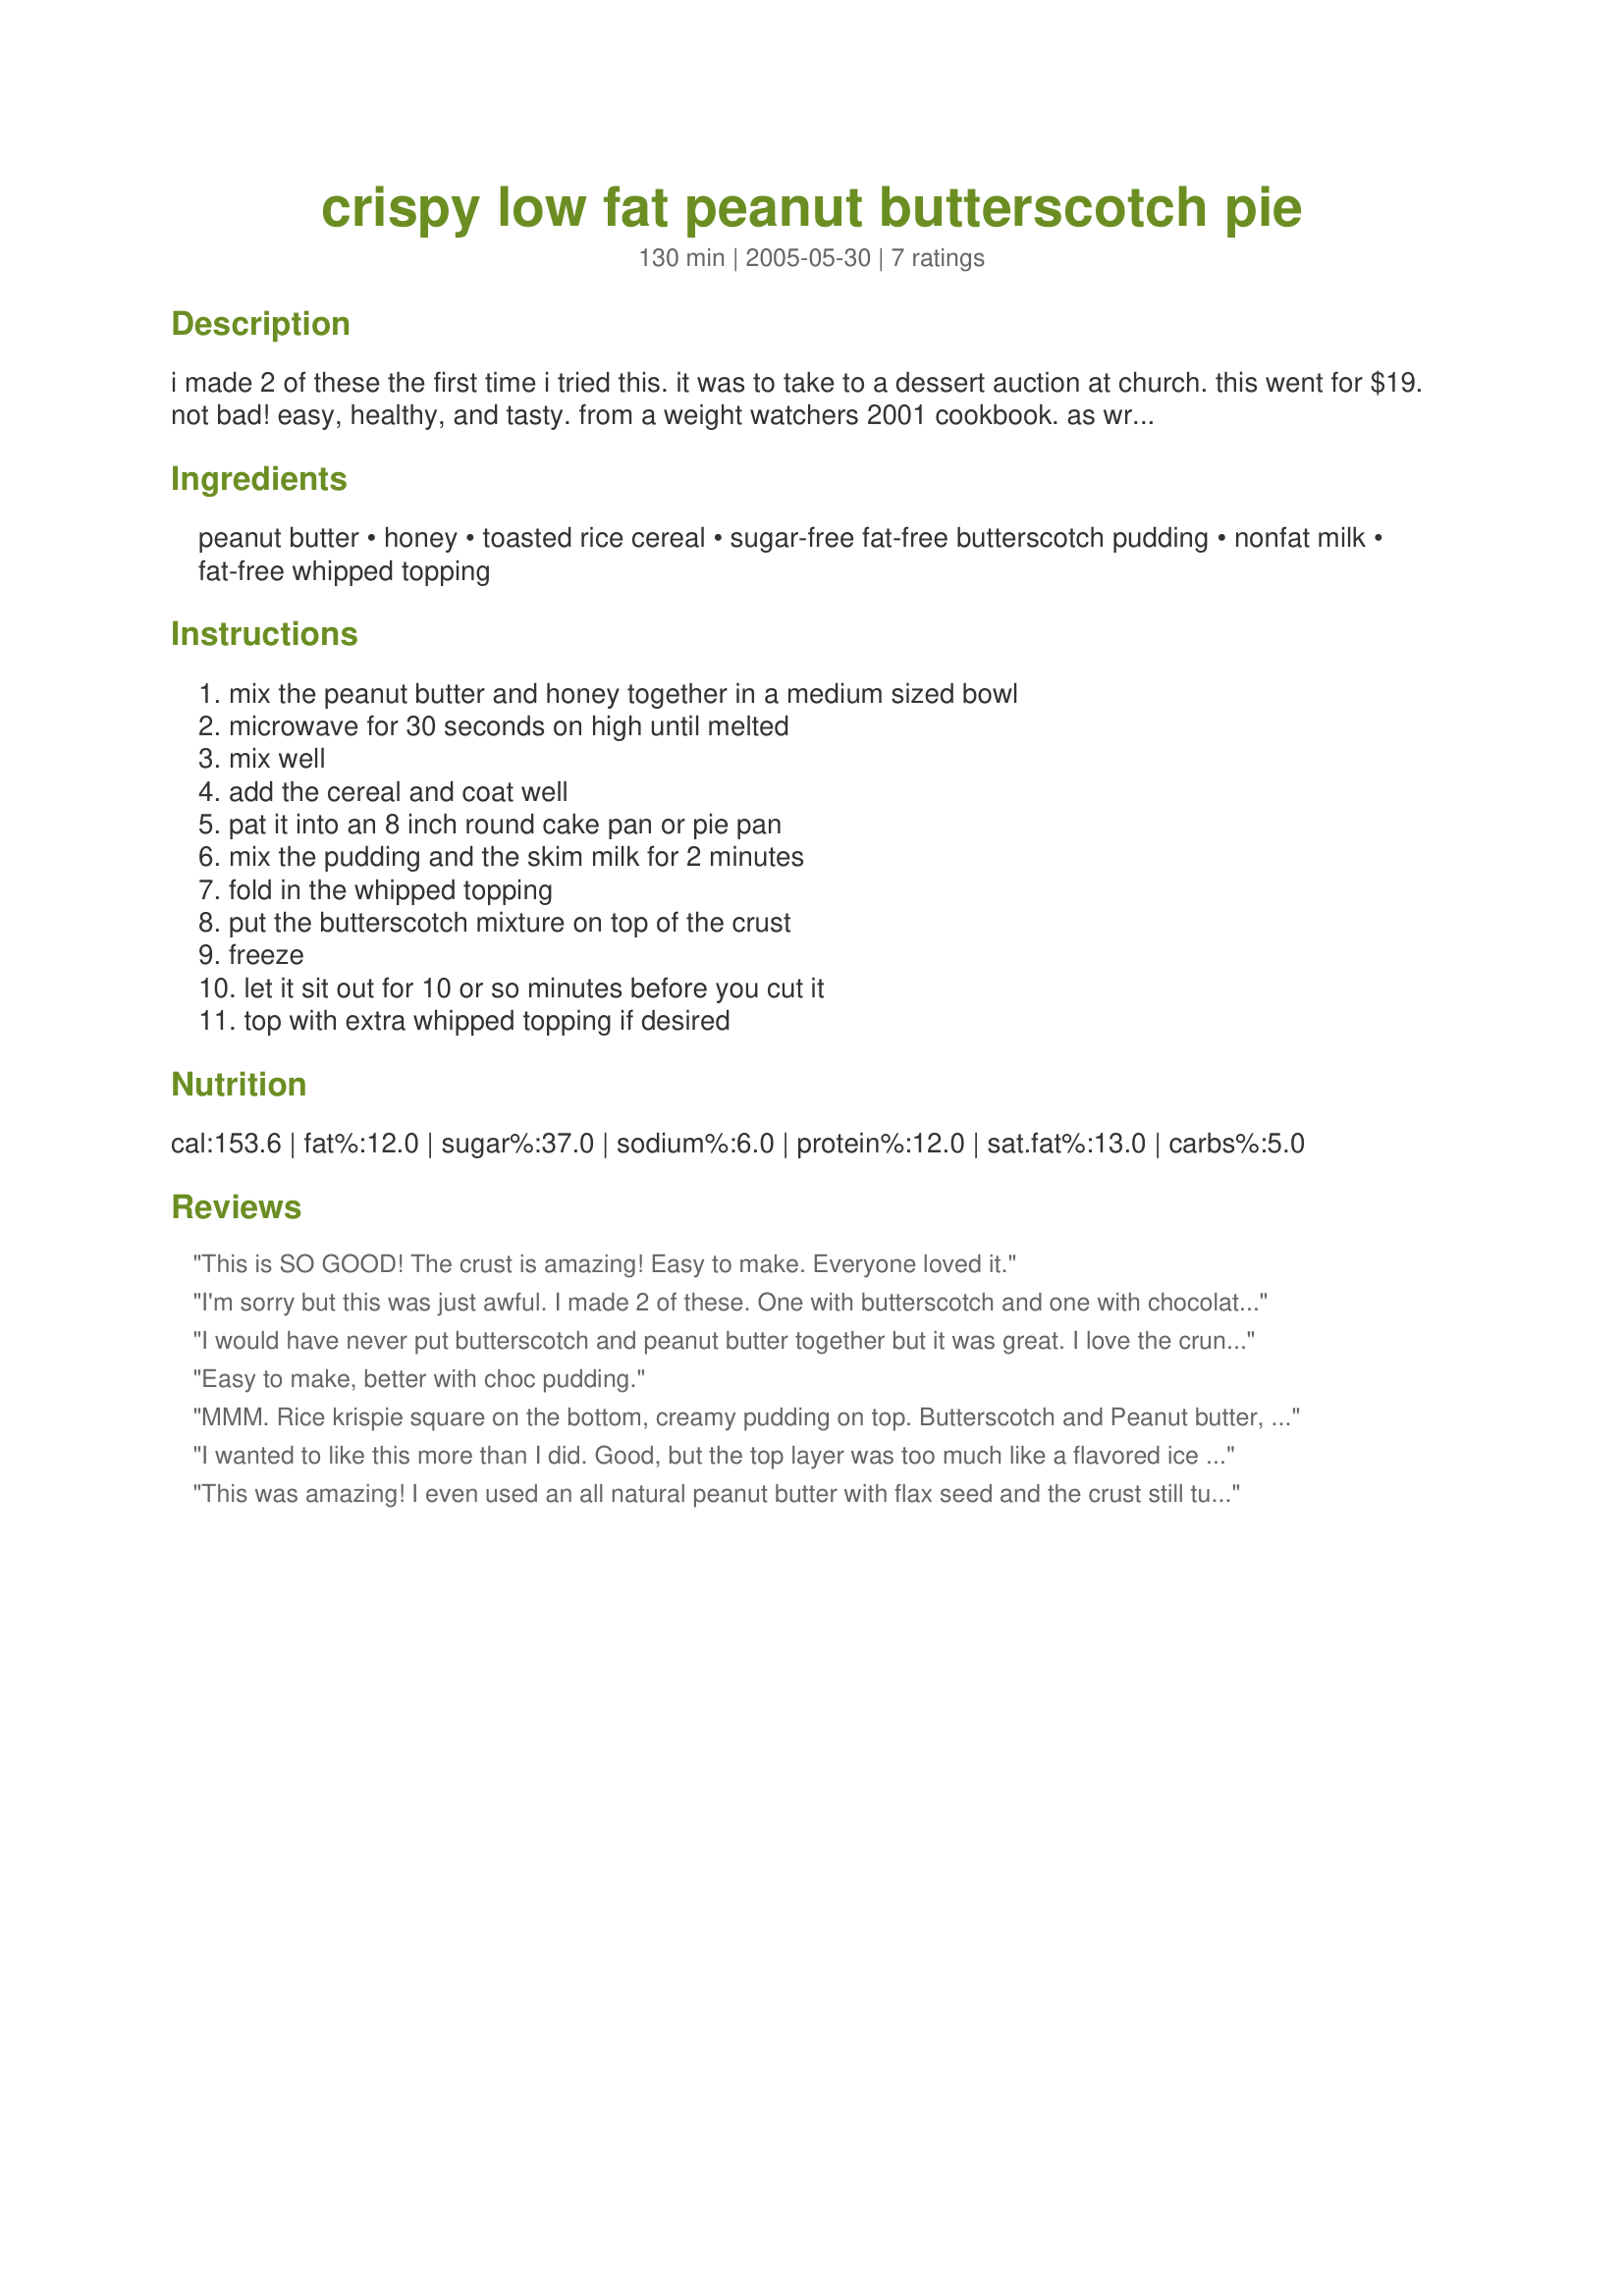
crispy low fat peanut butterscotch pie
Preparation time: 130 minutes

i made 2 of these the first time i tried this. it was to take to a dessert auction at church. this went for $19. not bad! easy, healthy, and tasty. from a weight watchers 2001 cookbook. as written, when cut into 6 pieces, each piece is 3 ww points.

Ingredients:
peanut butter, honey, toasted rice cereal, sugar-free fat-free butterscotch pudding, nonfat milk, fat-free whipped topping

Steps:
mix the peanut butter and honey together in a medium sized bowl, microwave for 30 seconds on high until melted, mix well, add the cereal and coat well, pat it into an 8 inch round cake pan or pie pan, mix the pudding and the skim milk for 2 minutes, fold in the whipped topping, put the butterscotch mixture on top of the crust, freeze, let it sit out for 10 or so minutes before you cut it, top with extra whipped topping if desired

Reviews:
This is SO GOOD! The crust is amazing! Easy to make. Everyone loved it.
I'm sorry but this was just awful. I made 2 of these. One with butterscotch and one with chocolate. The crisped rice "crust" was soggy and chewy......and unless you thawed the pie completely out, it tasted like crunchy icy pudding. My kids didn't even like it and they usually eat just about anything if it's sweet.
Gonna have to give this one a thumbs down for me.
I would have never put butterscotch and peanut butter together but it was great. I love the crunchy crust and the really creamy filling. I may try a different filling the next time I make it. This was really easy and quick to make. Thanks.
Easy to make, better with choc pudding.
MMM. Rice krispie square on the bottom, creamy pudding on top. Butterscotch and Peanut butter, nice combination.
I wanted to like this more than I did. Good, but the top layer was too much like a flavored ice for my tastes....
This was amazing! I even used an all natural peanut butter with flax seed and the crust still turned out great. DH and I ate all but one piece in one evening. So much for low fat! I love how easy this was to make, and since I always have the SF butterscotch pudding around this will be made alot! Thanks!
